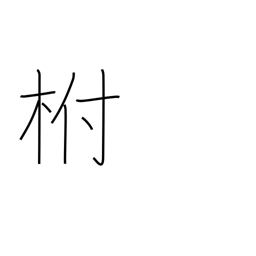
Meaning: calyx